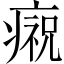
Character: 𤹙